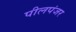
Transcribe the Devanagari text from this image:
पीलपंजर